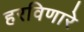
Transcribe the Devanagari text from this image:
हरविणारे